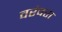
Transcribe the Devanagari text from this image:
वरंवरा